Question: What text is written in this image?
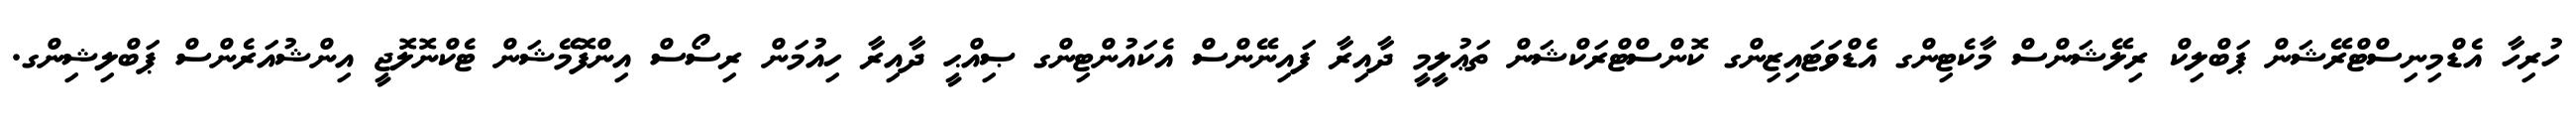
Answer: ހުރިހާ އެޑްމިނިސްޓްރޭޝަން ޕަބްލިކް ރިލޭޝަންސް މާކެޓިންގ އެޑްވަޓައިޒިންގ ކޮންސްޓްރަކްޝަން ތަޢުލީމީ ދާއިރާ ފައިނޭންސް އެކައުންޓިންގ ޞިއްޙީ ދާއިރާ ހިއުމަން ރިސޯސް އިންފޮމޭޝަން ޓެކްނޮލޮޖީ އިންޝުއަރެންސް ޕަބްލިޝިންގ.